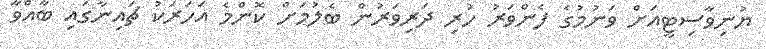
ޔުނިވާސިޓީއަށް ވަނުމުގެ ފެންވަރު ހުރި ދަރިވަރުން ބެލުމަށް ކޮންމެ އަހަރަކު ޗައިނާގައި ބާއްވާ